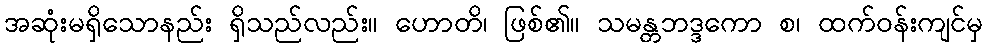
အဆုံးမရှိသောနည်း ရှိသည်လည်း။ ဟောတိ၊ ဖြစ်၏။ သမန္တဘဒ္ဒကော စ၊ ထက်ဝန်းကျင်မှ